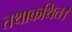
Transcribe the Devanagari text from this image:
तथाकथित।